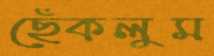
ছেঁকলুম